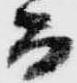
而